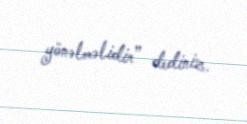
yönəlməlidir” dediniz.